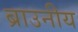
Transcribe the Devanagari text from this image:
ब्राउनीय